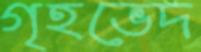
গৃহভেদ